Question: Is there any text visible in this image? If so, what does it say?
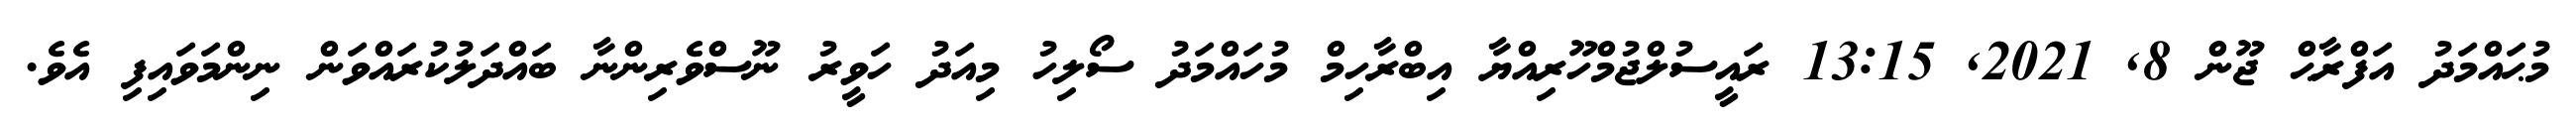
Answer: މުޙައްމަދު އަފްރާޙް ޖޫން 8, 2021, 13:15 ރައީސުލްޖުމްހޫރިއްޔާ އިބްރާހިމް މުހައްމަދު ސޯލިހު މިއަދު ހަވީރު ނޫސްވެރިންނާ ބައްދަލުކުރައްވަން ނިންމަވައިފި އެވެ.